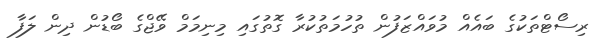
ރިސޯޓްތަކުގެ ބައެއް މުވައްޒަފުން ތުހުމަތުކުރާ ގޮތުގައި މިނިމަމް ވޭޖްގެ ބޯޑުން ދިން ލަފާ